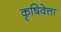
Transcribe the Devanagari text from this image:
कृषिवेत्ता